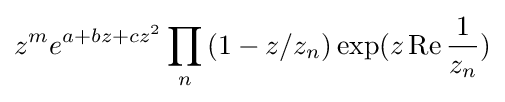
z^{m}e^{a+bz+cz^{2}}\prod _{n}\left(1-z/z_{n}\right)\exp(z\operatorname {Re} {\frac {1}{z_{n}}})